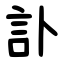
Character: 訃